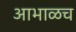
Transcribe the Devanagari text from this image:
आभाळच